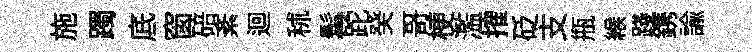
施躅底窗碚紊迴秫髯跎癸哥梗濫搉砭支瓶緱踐鎸諭